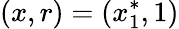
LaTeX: (x,r)=(x_{1}^{*},1)